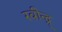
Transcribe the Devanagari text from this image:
रवीन्द्र्